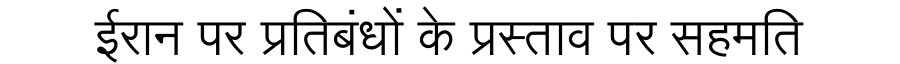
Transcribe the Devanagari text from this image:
ईरान पर प्रतिबंधों के प्रस्ताव पर सहमति